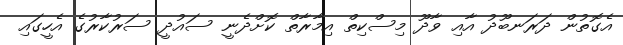
އެގޮތުން ދަރަނބޫދު އާއި ވާދޫ މިސްކިތް އިމާރާތް ކޮށްދެނީ ސައުދީ ސަރުކާރުގެ އެހީގައި